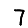
Digit: 7